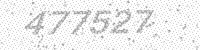
Solution: 477527